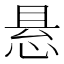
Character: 悬